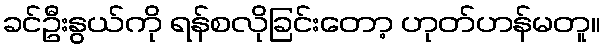
ခင်ဦးနွယ်ကို ရန်စလိုခြင်းတော့ ဟုတ်ဟန်မတူ။